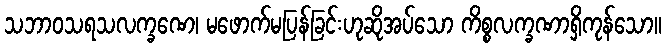
သဘာဝသရသလက္ခဏေ၊ မဖောက်မပြန်ခြင်းဟုဆိုအပ်သော ကိစ္စလက္ခဏာရှိကုန်သော။